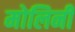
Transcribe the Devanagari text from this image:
मोलिनी